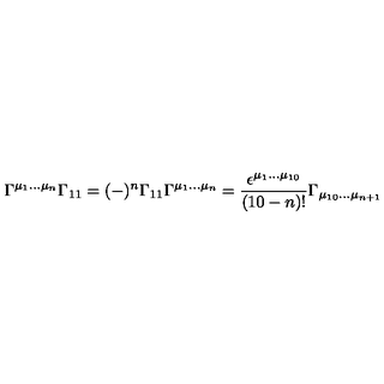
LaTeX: \Gamma ^ { \mu _ { 1 } . . . \mu _ { n } } \Gamma _ { 1 1 } = ( - ) ^ { n } \Gamma _ { 1 1 } \Gamma ^ { \mu _ { 1 } . . . \mu _ { n } } = { \frac { \epsilon ^ { \mu _ { 1 } . . . \mu _ { 1 0 } } } { ( 1 0 - n ) ! } } \Gamma _ { \mu _ { 1 0 } . . . \mu _ { n + 1 } }